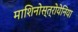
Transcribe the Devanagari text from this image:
माशिनोस्त्रोयेनिया